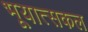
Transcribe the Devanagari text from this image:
भूयात्सकल